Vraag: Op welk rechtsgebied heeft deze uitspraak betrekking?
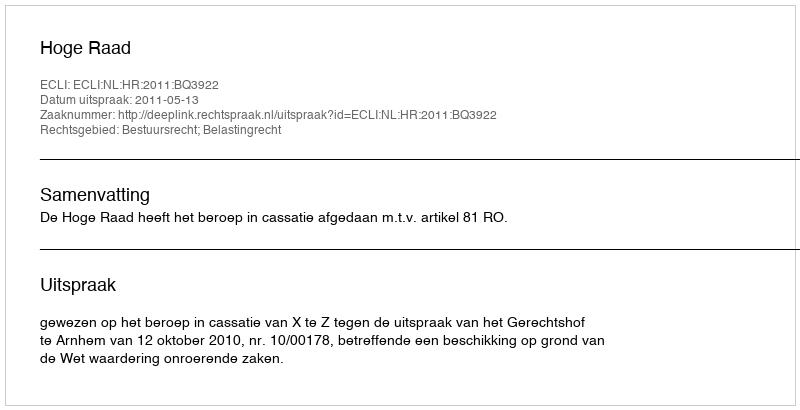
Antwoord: Bestuursrecht; Belastingrecht